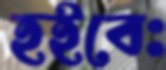
হইবেঃ